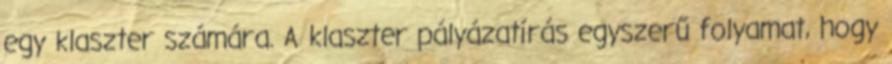
egy klaszter számára. A klaszter pályázatírás egyszerű folyamat, hogy